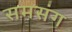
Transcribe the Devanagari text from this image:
समसंग